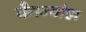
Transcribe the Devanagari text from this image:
चैतन्यांश